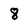
Character: 8